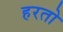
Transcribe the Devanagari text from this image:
हरतो